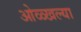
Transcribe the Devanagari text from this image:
ओळ्खल्या